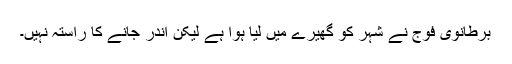
برطانوی فوج نے شہر کو گھیرے میں لیا ہوا ہے لیکن اندر جانے کا راستہ نہیں۔